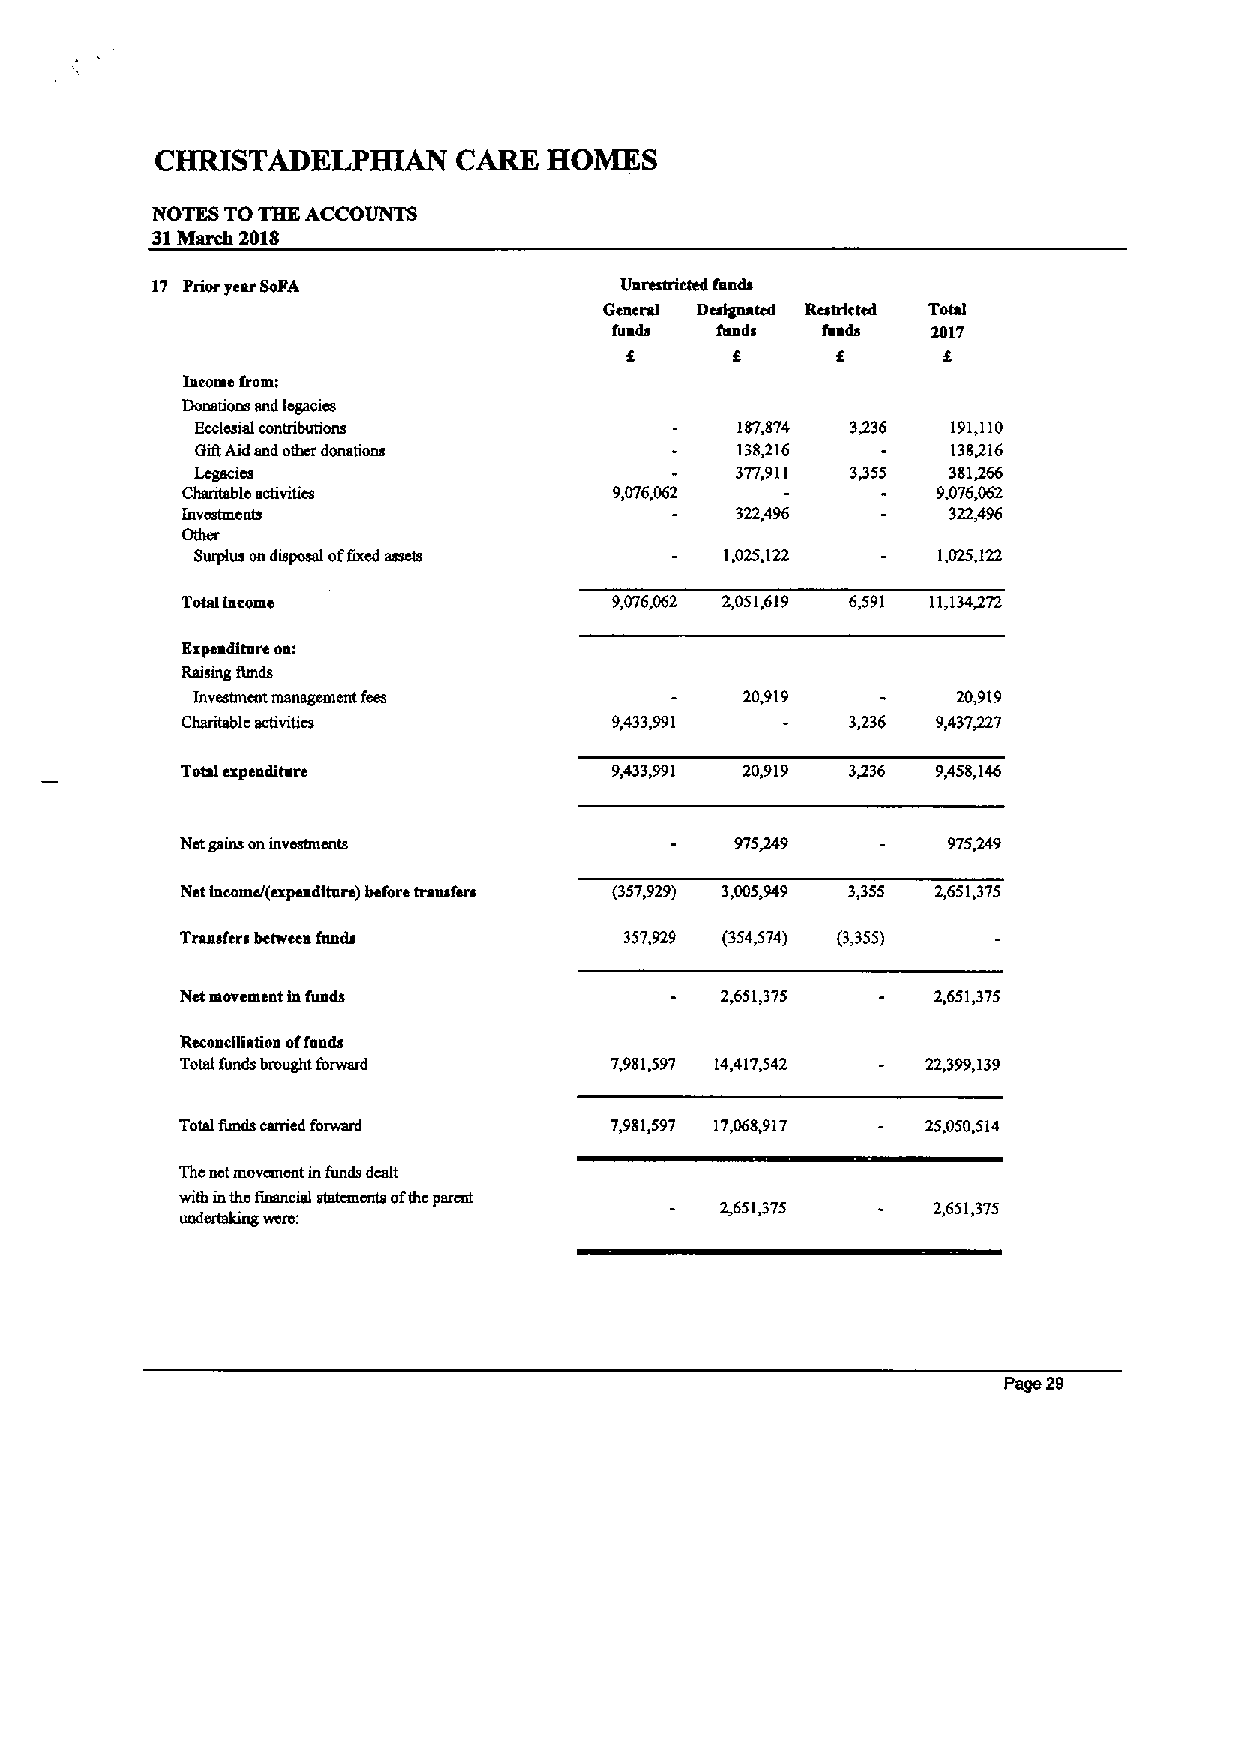
CHRISTADELPHIAN     CARE  HOMES
 NOTES TOTHE ACCOUNTS
 31Mnrdt 2018
 17 Prior year SoPA             Unrestricted feeds
 Geacral Dcstgtmtcd Restricted Total
 feeds fends  feeds   2017
 Iacome from:
 Donsnons snd legacies
 Ecclesial contributions             187,874 3236  191,110
 GiftAid end other donations         138416        1383)6
 Legacies                            377,911 3355  381+66
 Chanteble activities         9,076,062            9,076,062
 lnvcstmeats                          322,496       322,496
 Other
 Surplus ondisposal offixed assets  1,025,122     1,025,122
 Total income                 9,076,062 2,051,619 6,591 t(,134472
 Expeaditare oa:
 Rslsnlg thuds
 Investrnont management fees         20@(9         20,919
 Charitable activities        9,433,991      3,236 9,437~7
 Total expenditarc            9,433,991 20,919 3336 9,458,146
 Nctgains oninvestments               975~9         975~9
 Net tncomei(expenditure) before transfers (357,929) 3,005~9 3,355 2,651,375
 Transfers bctwcca fimds      357,929 (354,574) (3,355)
 Net laovcmeat iafunds               2,651,375     2,651375
 Reconcgtation offends
 Total fimds bmught forward  7,981,597 14,417,542 22,399,139
 Total funds carried forward 7,981,597 17,068,917 25,050,514
 The netluovement infunds dealt
 with inthe finsncial statements ofthc parent
 2,651/75      2,651,375
 undertaking werc:
 Page 29